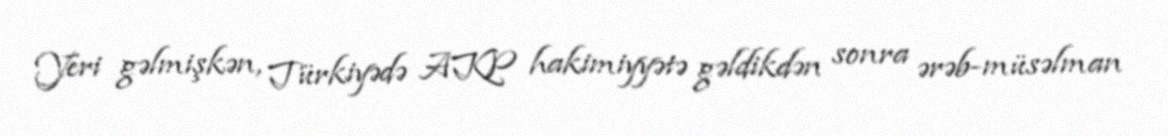
Yeri gəlmişkən, Türkiyədə AKP hakimiyyətə gəldikdən sonra ərəb-müsəlman